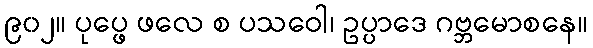
၉၀၂။ ပုပ္ဖေ ဖလေ စ ပသဝေါ၊ ဥပ္ပာဒေ ဂဗ္ဘမောစနေ။